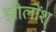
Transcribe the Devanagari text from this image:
झीलोंश्